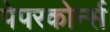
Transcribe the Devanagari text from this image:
पेपरकोर्न्स